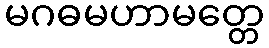
မဂဓမဟာမတ္တေ